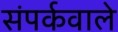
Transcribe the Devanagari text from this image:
संपर्कवाले